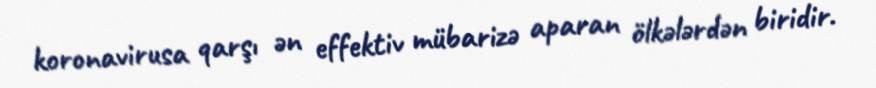
koronavirusa qarşı ən effektiv mübarizə aparan ölkələrdən biridir.